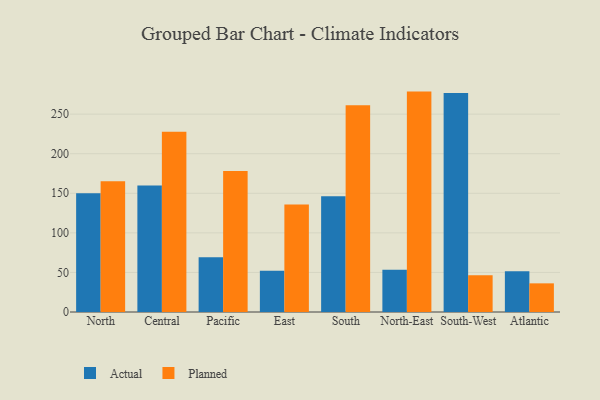
{"axis": {"x": "Region", "y": "Churn Rate (%)"}, "legend": ["Actual", "Planned"], "data": [{"x": "North", "y": 149.9, "type": "Actual"}, {"x": "North", "y": 165.3, "type": "Planned"}, {"x": "Central", "y": 159.9, "type": "Actual"}, {"x": "Central", "y": 227.7, "type": "Planned"}, {"x": "Pacific", "y": 69.3, "type": "Actual"}, {"x": "Pacific", "y": 178.3, "type": "Planned"}, {"x": "East", "y": 52.1, "type": "Actual"}, {"x": "East", "y": 135.8, "type": "Planned"}, {"x": "South", "y": 146.2, "type": "Actual"}, {"x": "South", "y": 261.4, "type": "Planned"}, {"x": "North-East", "y": 53.5, "type": "Actual"}, {"x": "North-East", "y": 278.5, "type": "Planned"}, {"x": "South-West", "y": 276.8, "type": "Actual"}, {"x": "South-West", "y": 46.3, "type": "Planned"}, {"x": "Atlantic", "y": 51.6, "type": "Actual"}, {"x": "Atlantic", "y": 36.2, "type": "Planned"}]}